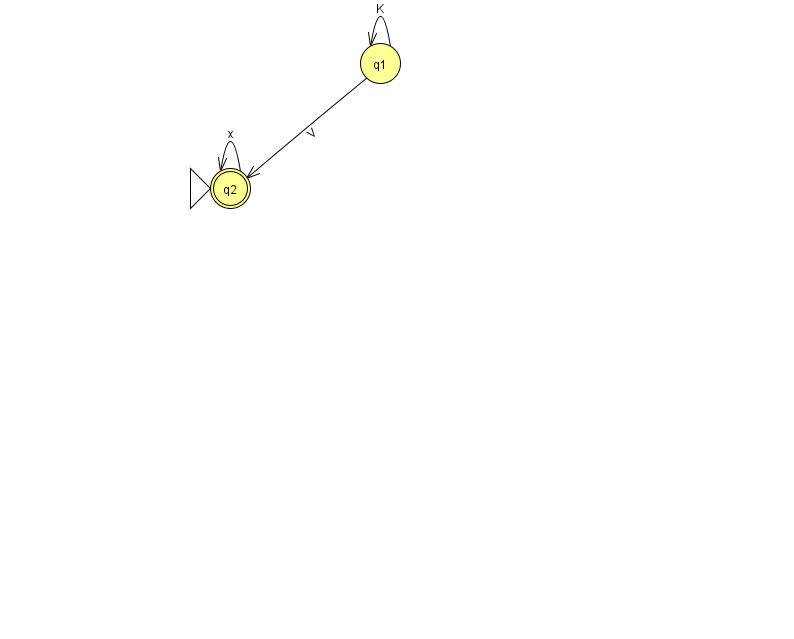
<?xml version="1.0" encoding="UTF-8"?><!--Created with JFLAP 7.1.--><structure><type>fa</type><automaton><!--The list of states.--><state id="1" name="q1"><x>380.0</x><y>50.0</y></state><state id="2" name="q2"><x>230.0</x><y>175.0</y><initial/><final/></state><!--The list of transitions.--><transition><from>1</from><to>2</to><read>V</read></transition><transition><from>2</from><to>2</to><read>x</read></transition><transition><from>1</from><to>1</to><read>K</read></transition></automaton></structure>